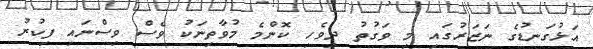
އަޅުގަނޑުގެ ނަޒަރުގައި މި ވަގުތު ދިވެހި ކޮންމެ މުވާތިނަކު ވެސް ވިސްނައި ފިކުރު